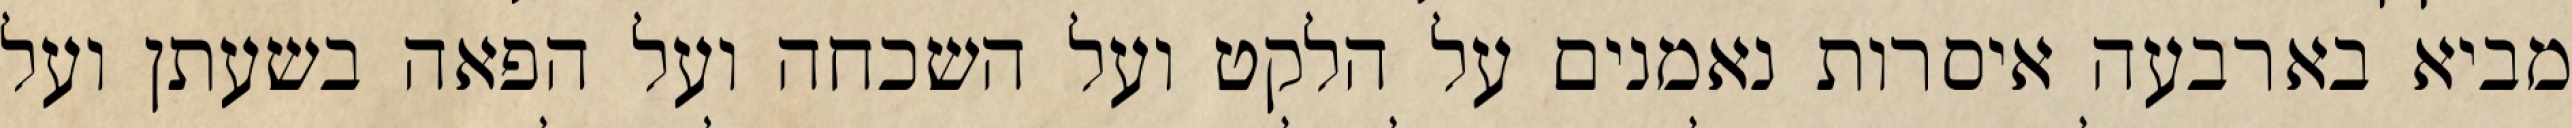
מביא בארבעה איסרות נאמנים על הלקט ועל השכחה ועל הפאה בשעתן ועל